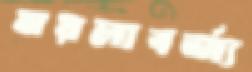
ময়লাবর্জ্য